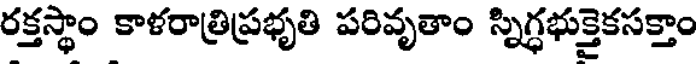
రక్తస్థాం కాళరాత్రిప్రభృతి పరివృతాం స్నిగ్ధభుక్తైకసక్తాం